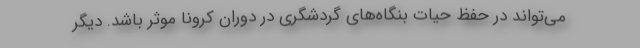
می‌تواند در حفظ حیات بنگاه‌های گردشگری در دوران کرونا موثر باشد. دیگر